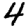
Digit: 4